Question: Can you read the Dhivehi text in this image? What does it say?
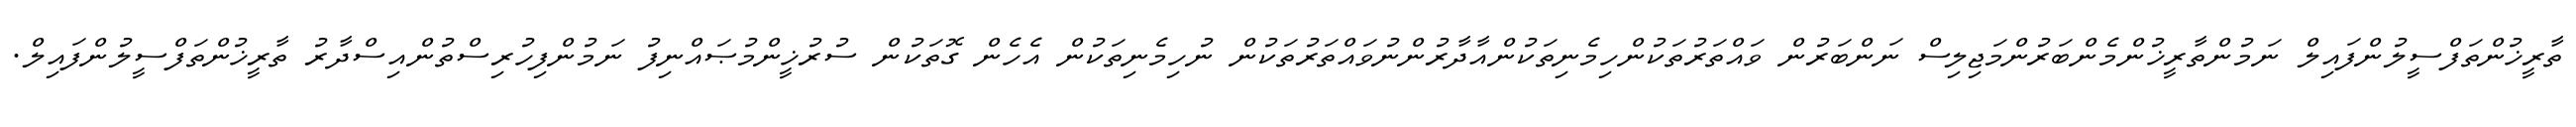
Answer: ތާރީޚުންތަފްސީލުންފައިލް ނަމުންތާރީޚުންމެންބަރުންމަޖިލިސް ނަންބަރުން ވައްތަރުތަކުންހިމެނިތަކުންއާދާރުންނުވައްތަރުތަކުން ނުހިމެނިތަކުން އެހެން ގޮތަކުން ސުރުޚީންމުޞައްނިފު ނަމުންފިހުރިސްތުންއިސްދާރު ތާރީޚުންތަފްސީލުންފައިލް.